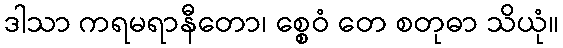
ဒါသာ ကရမရာနီတော၊ စ္စေဝံ တေ စတုဓာ သိယုံ။